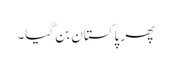
پھر پاکستان بن گیا۔